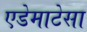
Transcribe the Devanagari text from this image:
एडेमाटेसा